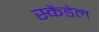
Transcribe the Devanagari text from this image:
स्केंडेल